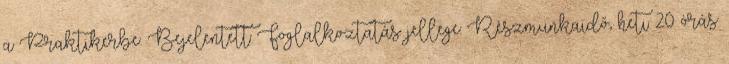
a Praktikerbe. Bejelentett Foglalkoztatás jellege: Részmunkaidő, heti 20 órás